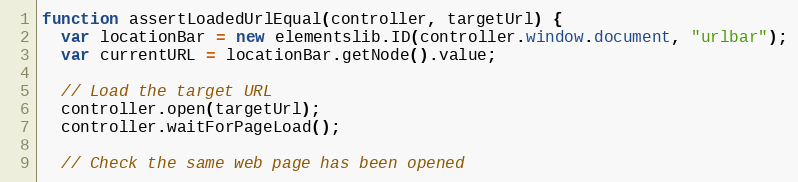
Language: JavaScript
function assertLoadedUrlEqual(controller, targetUrl) {
  var locationBar = new elementslib.ID(controller.window.document, "urlbar");
  var currentURL = locationBar.getNode().value;

  // Load the target URL
  controller.open(targetUrl);
  controller.waitForPageLoad();

  // Check the same web page has been opened